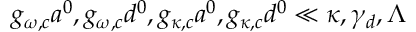
g _ { \omega , c } a ^ { 0 } , g _ { \omega , c } d ^ { 0 } , g _ { \kappa , c } a ^ { 0 } , g _ { \kappa , c } d ^ { 0 } \ll \kappa , \gamma _ { d } , \Lambda